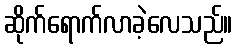
ဆိုက်ရောက်လာခဲ့လေသည်။